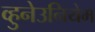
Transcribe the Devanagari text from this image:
व्हुनेउनियेम